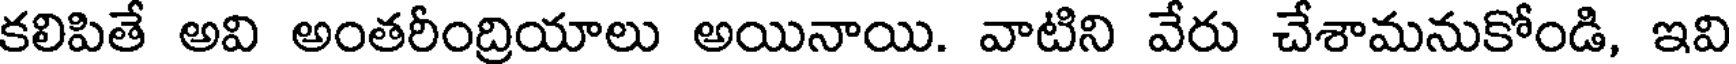
కలిపితే అవి అంతరీంద్రియాలు అయినాయి. వాటిని వేరు చేశామనుకోండి, ఇవి